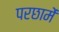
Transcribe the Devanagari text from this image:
परछामें